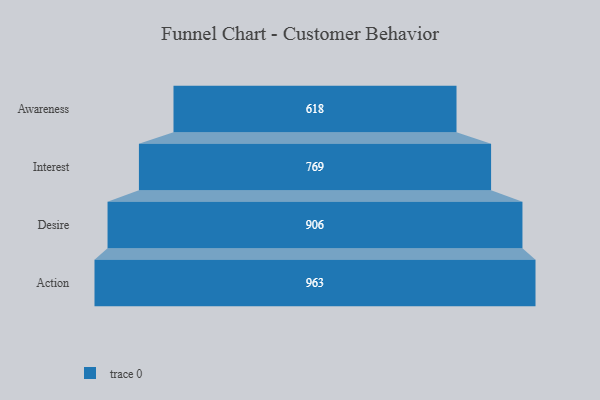
{"axis": {"x": "Stage", "y": "Value"}, "legend": [""], "data": [{"x": "Awareness", "y": 618.0, "type": ""}, {"x": "Interest", "y": 769.0, "type": ""}, {"x": "Desire", "y": 906.0, "type": ""}, {"x": "Action", "y": 963.0, "type": ""}]}